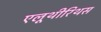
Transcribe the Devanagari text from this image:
एलूथीरिथस